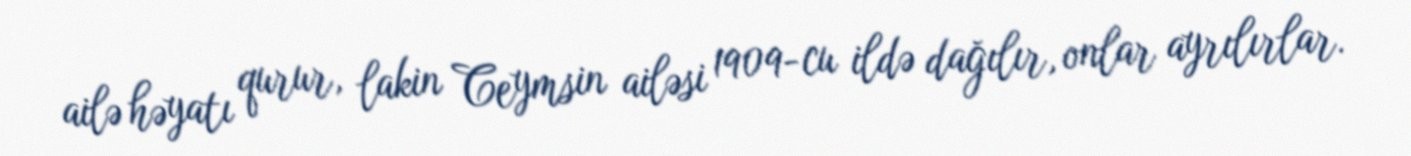
ailə həyatı qurur, lakin Ceymsin ailəsi 1909-cu ildə dağılır, onlar ayrılırlar.